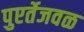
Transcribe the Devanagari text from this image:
पुएर्तेजवळ